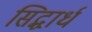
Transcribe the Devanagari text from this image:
सिद्धार्ध